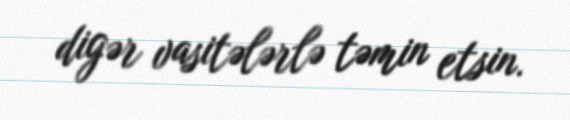
digər vasitələrlə təmin etsin.